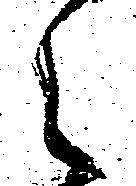
之